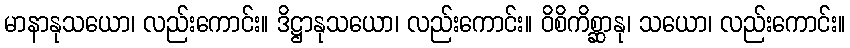
မာနာနုသယော၊ လည်းကောင်း။ ဒိဋ္ဌာနုသယော၊ လည်းကောင်း။ ဝိစိကိစ္ဆာနု၊ သယော၊ လည်းကောင်း။